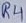
Text: R4